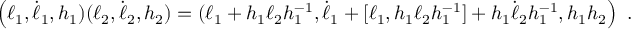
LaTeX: \left( \ell _ { 1 } , \dot { \ell } _ { 1 } , h _ { 1 } ) ( \ell _ { 2 } , \dot { \ell } _ { 2 } , h _ { 2 } ) = ( \ell _ { 1 } + h _ { 1 } \ell _ { 2 } h _ { 1 } ^ { - 1 } , \dot { \ell } _ { 1 } + [ \ell _ { 1 } , h _ { 1 } \ell _ { 2 } h _ { 1 } ^ { - 1 } ] + h _ { 1 } \dot { \ell } _ { 2 } h _ { 1 } ^ { - 1 } , h _ { 1 } h _ { 2 } \right) \ .